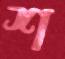
শ